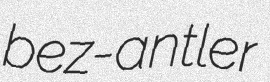
bez-antler